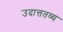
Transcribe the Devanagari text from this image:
उदात्ततव्य